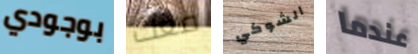
بوجودي معك الشوكي عندما